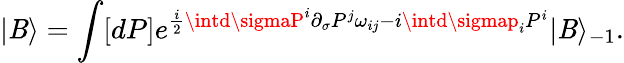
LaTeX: |\mathit{B}\rangle=\int[dP]e^{\frac{{i}}{{2}}\intd\sigmaP^{i}\partial_{\sigma}P^{j}\omega_{ij}-i\intd\sigmap_{i}P^{i}}|\mathit{B}\rangle_{-1}.